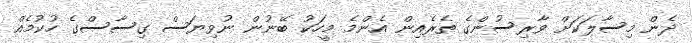
ދެން މިސާލަކަށް ވާރިސުންގެ ތެރެއިން އެންމެ މީހަކު ބޭނުން ނުވިޔަސް ގިސާސްގެ ހުކުމެއް